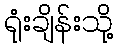
ရုံးချိန်းသို့